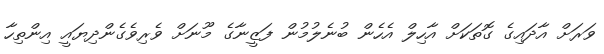
ވަރަށް އާދައިގެ ގޮތަކަށް އާހިލް އެހެން ބުނެލުމުން ފަޒީނާގެ މޫނަށް ވެރިވެގެންދިޔައީ އިންތިހާ